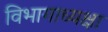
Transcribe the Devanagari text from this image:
विभागाध्यक्षा